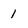
Character: I